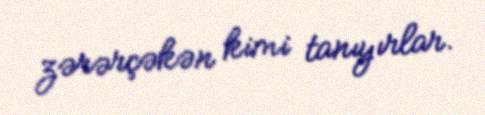
zərərçəkən kimi tanıyırlar.